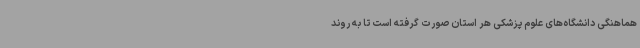
هماهنگی دانشگاه‌های علوم پزشکی هر استان صورت گرفته است تا به روند